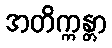
အတိက္ကန္တာ